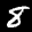
Label: 8